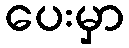
ပေးမှာ